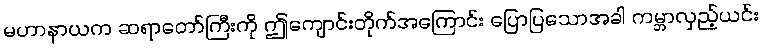
မဟာနာယက ဆရာတော်ကြီးကို ဤကျောင်းတိုက်အကြောင်း ပြောပြသောအခါ ကမ္ဘာလှည့်ယင်း